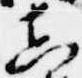
真